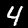
Digit: 4